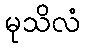
မုသိလံ